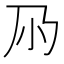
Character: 𡭘